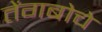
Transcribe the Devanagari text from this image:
तेंगबोचे